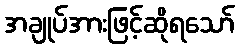
အချုပ်အားဖြင့်ဆိုရသော်